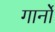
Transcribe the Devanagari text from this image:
गार्नो